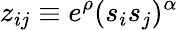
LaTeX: z_{ij}\equiv e^{\rho}(s_{i}s_{j})^{\alpha}